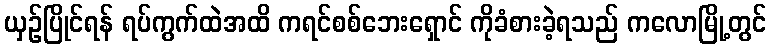
ယှဉ်ပြိုင်ရန် ရပ်ကွက်ထဲအထိ ကရင်စစ်ဘေးရှောင် ကိုခံစားခဲ့ရသည် ကလောမြို့တွင်